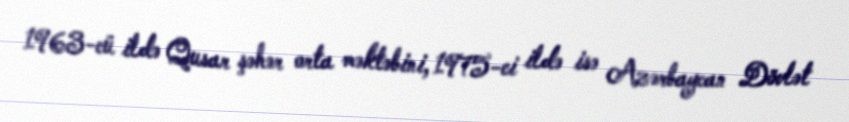
1963-cü ildə Qusar şəhər orta məktəbini, 1975-ci ildə isə Azərbaycan Dövlət